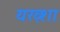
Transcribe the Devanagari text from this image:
यख़्शा